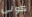
كونى